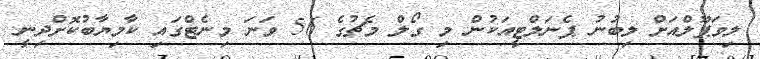
ލިވަޕޫލްއަށް ލިބުނު ޕެނަލްޓީއަކުން މި ގޯލް މެޗުގެ 56 ވަނަ މިނެޓްގައި ކާމިޔާބުކޮށްދިނީ